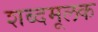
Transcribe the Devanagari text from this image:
शब्दमूलक